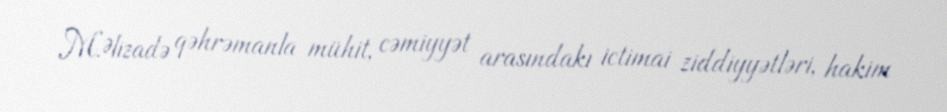
M.Əlizadə qəhrəmanla mühit, cəmiyyət arasındakı ictimai ziddiyyətləri, hakim